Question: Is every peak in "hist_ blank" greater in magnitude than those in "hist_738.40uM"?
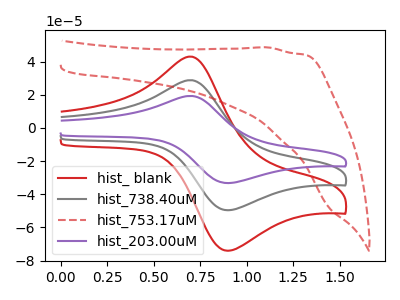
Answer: <think>The red curve "hist_ blank" has an anodic peak at (0.70V, 43.00uA) and a cathodic peak at (0.90V, -74.10uA). The gray curve "hist_738.40uM" has an anodic peak at (0.70V, 28.80uA) and a cathodic peak at (0.90V, -49.65uA). The red dashed curve "hist_753.17uM" has no peaks. The purple curve "hist_203.00uM" has an anodic peak at (0.70V, 57.65uA) and a cathodic peak at (0.90V, -99.25uA).</think>
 <answer>Every peak in "hist_ blank" is higher than every peak in "hist_738.40uM".</answer>
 <eval>higher</eval>